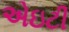
એઇટી